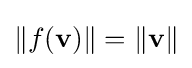
\|f(\mathbf {v} )\|=\|\mathbf {v} \|